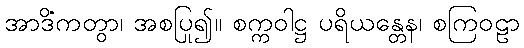
အာဒိံကတွာ၊ အစပြု၍။ စက္ကဝါဋ္ဌ ပရိယန္တေန၊ စကြဝဠာ